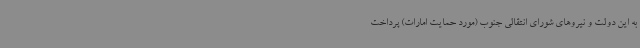
به این دولت و نیروهای شورای انتقالی جنوب (مورد حمایت امارات) پرداخت